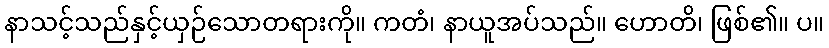
နာသင့်သည်နှင့်ယှဉ်သောတရားကို။ ကတံ၊ နာယူအပ်သည်။ ဟောတိ၊ ဖြစ်၏။ ပ။